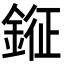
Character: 𨨨